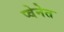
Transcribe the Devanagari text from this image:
प्वेनेत